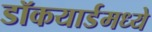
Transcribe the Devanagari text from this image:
डॉकयार्डमध्ये